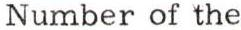
Number of the